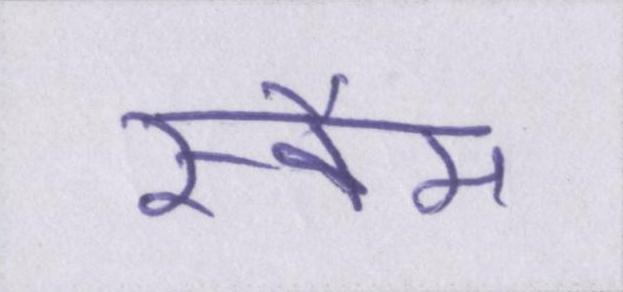
स्कैम